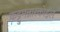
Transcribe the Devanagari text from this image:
कट्टुमन्नारकोइल